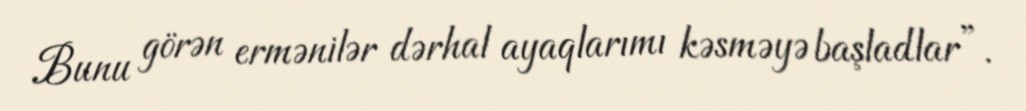
Bunu görən ermənilər dərhal ayaqlarımı kəsməyə başladlar”.